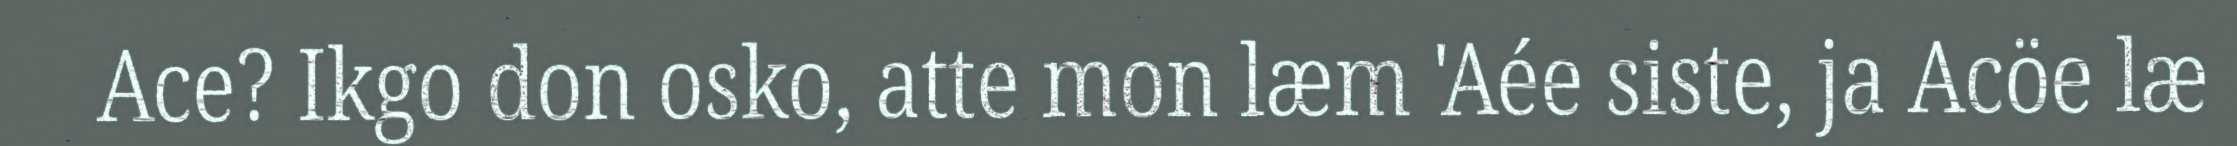
Ace? Ikgo don osko, atte mon læm 'Aée siste, ja Acöe læ